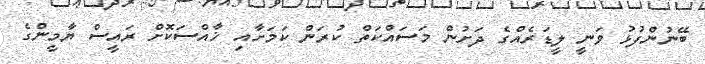
ބޭނުންފުޅު ވަނީ ލީޑަރެއްގެ ދަށުން މަސައްކަތް ކުރަން ކަމަށާއި ޚާއްސަކޮށް ރައީސް ޔާމީންގެ